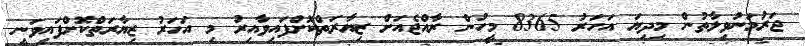
ޖަރުމަނުވިލާތުން މިދިޔަ އަހަރު 8365 މީހުން ރާއްޖެއަށް ޒިޔާރަތްކޮށްފައިވާއިރު މި އަހަރު ޒިޔާރަތްކޮށްފައިވަނީ